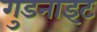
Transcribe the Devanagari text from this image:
गुडनाइट